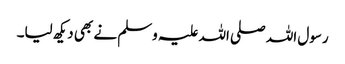
رسول اللہ صلی اللہ علیہ وسلم نے بھی دیکھ لیا۔